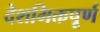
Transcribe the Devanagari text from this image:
देशभिक्तपूर्ण